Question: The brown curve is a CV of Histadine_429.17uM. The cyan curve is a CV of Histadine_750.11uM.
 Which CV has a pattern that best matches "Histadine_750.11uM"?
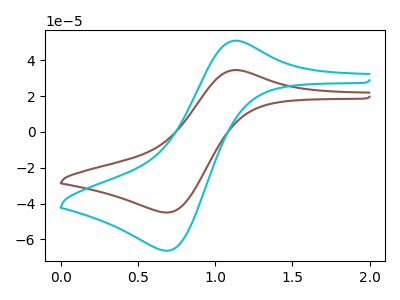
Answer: <think>The brown curve "Histadine_429.17uM" has an anodic peak at (1.15V, 34.55uA) and a cathodic peak at (0.70V, -45.00uA). The cyan curve "Histadine_750.11uM" has an anodic peak at (1.15V, 50.90uA) and a cathodic peak at (0.70V, -66.35uA).
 All the peaks in "Histadine_429.17uM" have a peak in "Histadine_750.11uM" at the same potential. Every peak in "Histadine_429.17uM" is lower than every peak in "Histadine_750.11uM".</think>
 <answer>The CV with the most similar shape to "Histadine_429.17uM" is "Histadine_750.11uM".</answer>
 <eval>"Histadine_750.11uM"</eval>